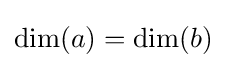
\dim(a)=\dim(b)